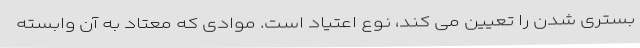
بستری شدن را تعیین می کند، نوع اعتیاد است. موادی که معتاد به آن وابسته